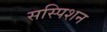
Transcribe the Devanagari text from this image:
सस्पिशन